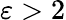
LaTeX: \varepsilon>2